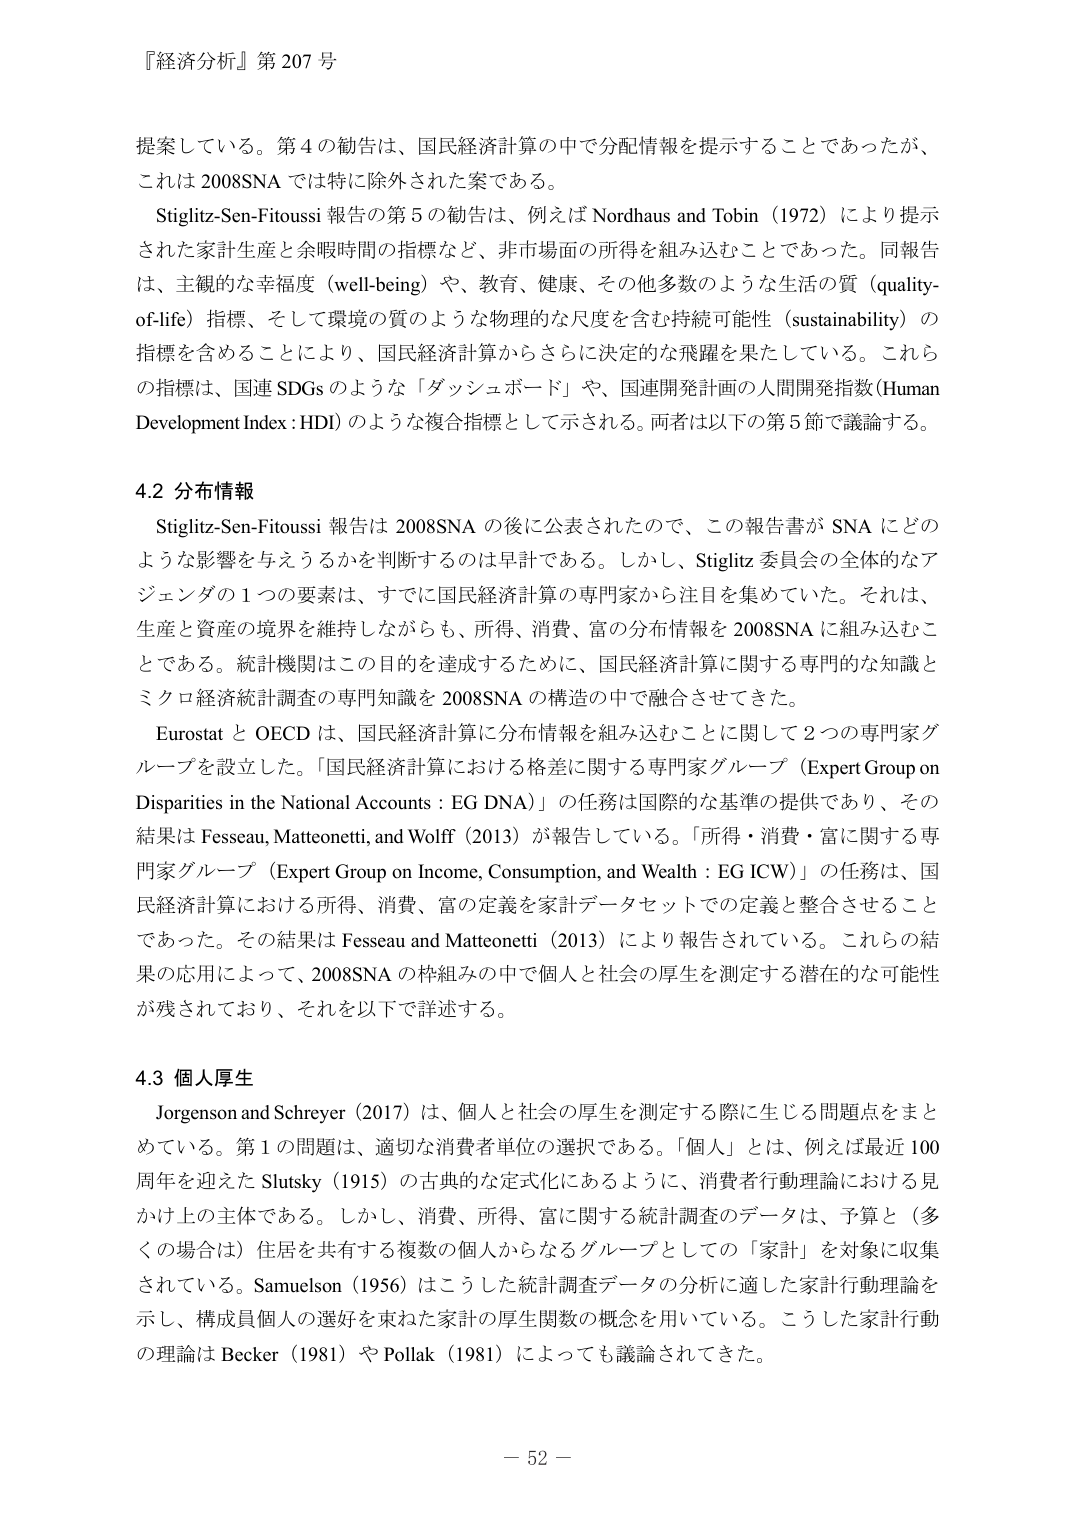
『経済分析』第 207 号

提案している。第 4 の勧告は、国民経済計算の中で分配情報を提示することであったが、これは 2008SNA では特に除外された案である。

Stiglitz-Sen-Fitoussi 報告の第 5 の勧告は、例えば Nordhaus and Tobin（1972）により提示された家計生産と余暇時間の指標など、非市場面の所得を組み込むことであった。同報告は、主観的な幸福度（well-being）や、教育、健康、その他多数のような生活の質（quality-of-life）指標、そして環境の質のような物理的な尺度を含む持続可能性（sustainability）の指標を含めることにより、国民経済計算からさらに決定的な飛躍を果たしている。これらの指標は、国連 SDGs のような「ダッシュボード」や、国連開発計画の人間開発指数（Human Development Index : HDI）のような複合指標として示される。両者は以下の第 5 節で議論する。

4.2 分布情報

Stiglitz-Sen-Fitoussi 報告は 2008SNA の後に公表されたので、この報告書が SNA にどのような影響を与えるかを判断するのは早計である。しかし、Stiglitz 委員会の全体的なアジェンダの 1 つの要素は、すでに国民経済計算の専門家から注目を集めていた。それは、生産と資産の境界を維持しながらも、所得、消費、富の分布情報を 2008SNA に組み込むことである。統計機関はこの目的を達成するために、国民経済計算に関する専門的な知識とミクロ経済統計調査の専門知識を 2008SNA の構造の中で融合させてきた。

Eurostat と OECD は、国民経済計算に分布情報を組み込むことに関して 2 つの専門家グループを設立した。「国民経済計算における格差に関する専門家グループ（Expert Group on Disparities in the National Accounts : EG DNA）」の任務は国際的な基準の提供であり、その結果は Fesseau, Matteonetti, and Wolff（2013）が報告している。「所得・消費・富に関する専門家グループ（Expert Group on Income, Consumption, and Wealth : EG ICW）」の任務は、国民経済計算における所得、消費、富の定義を家計データセットでの定義と整合させることであった。その結果は Fesseau and Matteonetti（2013）により報告されている。これらの結果の応用によって、2008SNA の枠組みの中で個人と社会の厚生を測定する潜在的な可能性が残されており、それを以下で詳述する。

4.3 個人厚生

Jorgenson and Schreyer（2017）は、個人と社会の厚生を測定する際に生じる問題点をまとめている。第 1 の問題は、適切な消費者単位の選択である。「個人」とは、例えば最近 100 周年を迎えた Slutsky（1915）の古典的な定式化にあるように、消費者行動理論における見かけ上の主体である。しかし、消費、所得、富に関する統計調査のデータは、予算（多くの場合は）住居を共有する複数の個人からなるグループとしての「家計」を対象に収集されている。Samuelson（1956）はこうした統計調査データの分析に適した家計行動理論を示し、構成員個人の選好を束ねた家計の厚生関数の概念を用いている。こうした家計行動の理論は Becker（1981）や Pollak（1981）によっても議論されてきた。

－ 52 －